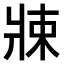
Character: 𤖂